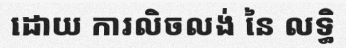
ដោយ ការលិចលង់ នៃ លទ្ធិ